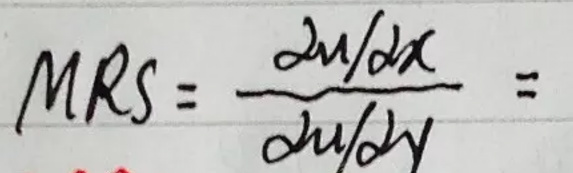
\[ MRS = \frac{\partial u/\partial x}{\partial u/\partial y} =\]